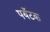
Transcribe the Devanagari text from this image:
पयॅटक